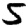
Digit: 5